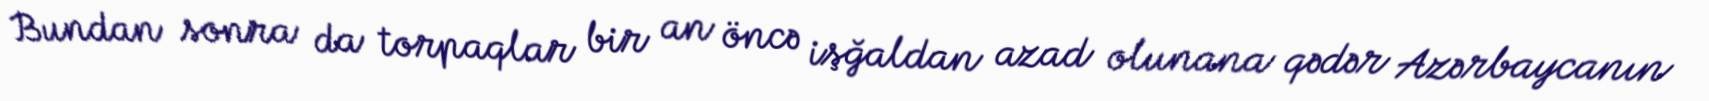
Bundan sonra da torpaqlar bir an öncə işğaldan azad olunana qədər Azərbaycanın